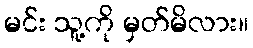
မင်း သူ့ကို မှတ်မိလား။